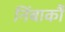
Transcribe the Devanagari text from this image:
निंबार्कौ